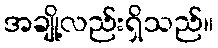
အချို့လည်းရှိသည်။